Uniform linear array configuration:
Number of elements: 24
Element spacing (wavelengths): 0.25
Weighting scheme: uniform
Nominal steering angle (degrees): -45
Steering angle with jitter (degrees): -43.42
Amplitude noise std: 0.05
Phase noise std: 0.05

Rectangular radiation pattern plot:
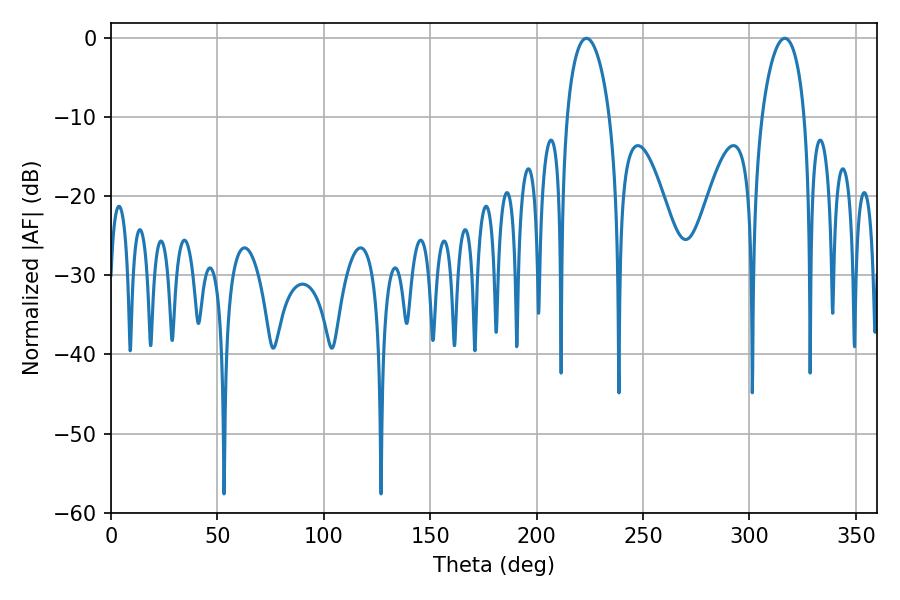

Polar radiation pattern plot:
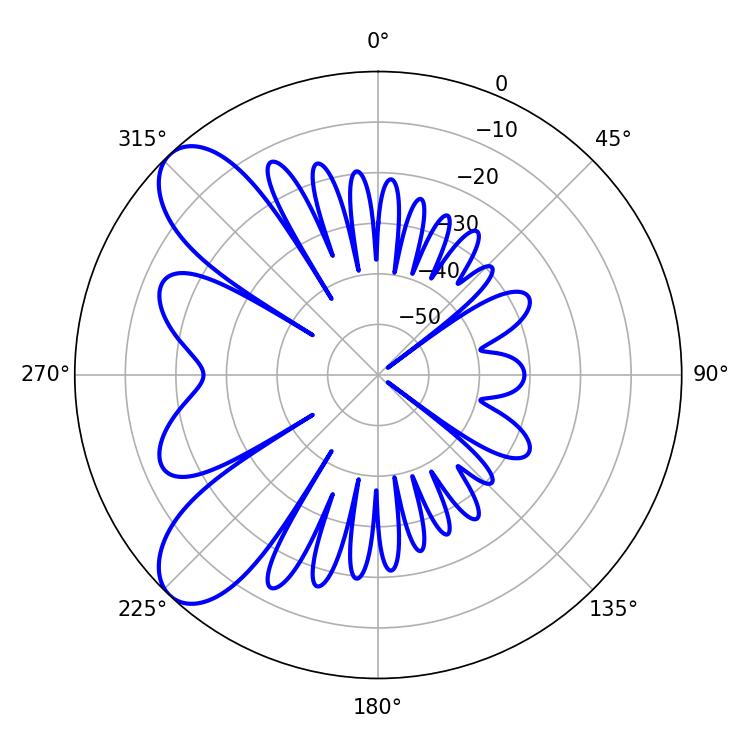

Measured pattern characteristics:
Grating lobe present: FALSE
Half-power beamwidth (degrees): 11.52
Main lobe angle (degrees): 223.38